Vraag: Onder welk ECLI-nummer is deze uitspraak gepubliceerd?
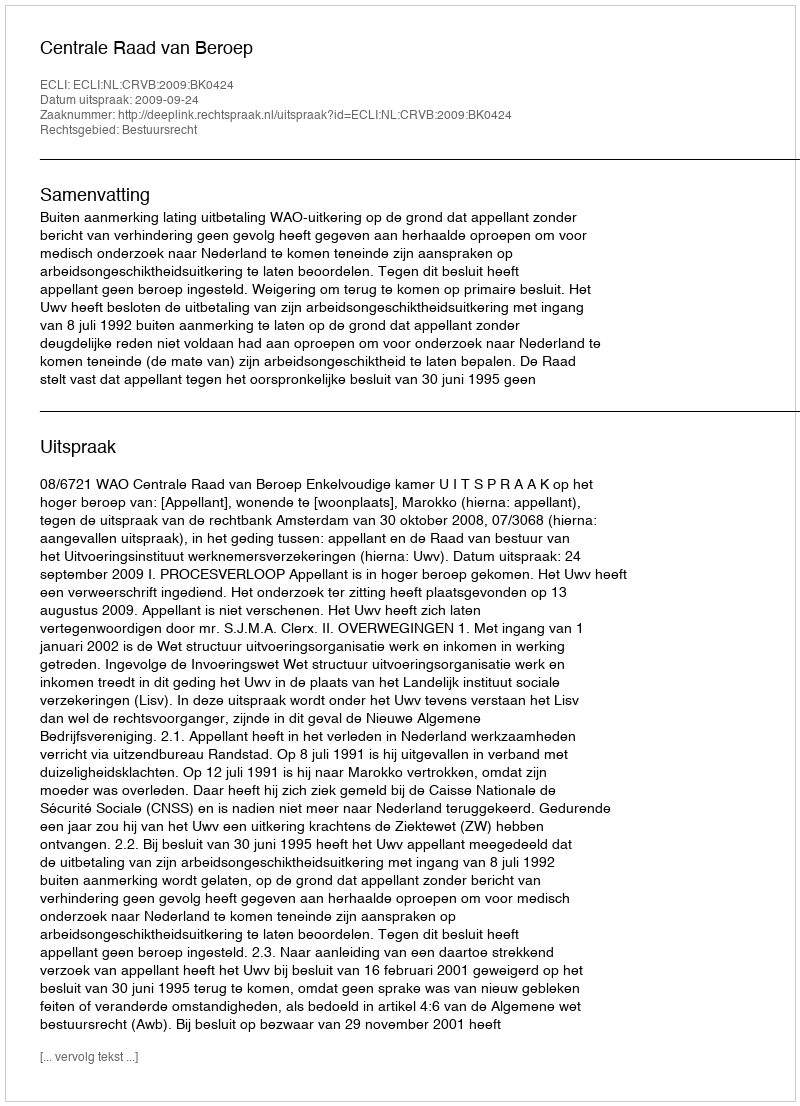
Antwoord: ECLI:NL:CRVB:2009:BK0424